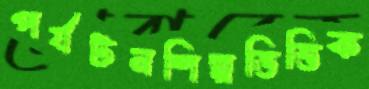
পর্যটনশিল্পভিত্তিক